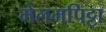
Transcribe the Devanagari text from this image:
मेलमपिट्टा